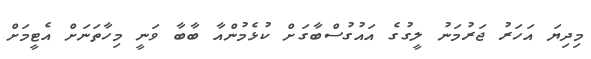
މިދިޔަ އަހަރު ޖަރުމަނު ލީގުގެ އައުގުސްބާގަށް ކުޅެމުންއާ ބާބާ ވަނީ މިހާތަނަށް އެޓީމަށް